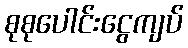
စုစုပေါင်းငွေကျပ်